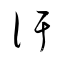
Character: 汗